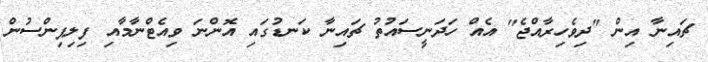
ޗައިނާ އިން "ދިވެހިރާއްޖެ" އެއް ހަދަނީސައުތު ޗައިނާ ކަނޑުގައި އޮންނަ ވިއެޓްނާމާއި ފިލިޕިންސުން